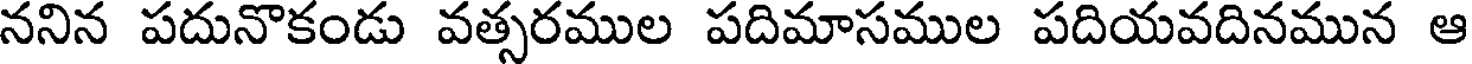
ననిన పదునొకండు వత్సరముల పదిమాసముల పదియవదినమున ఆ